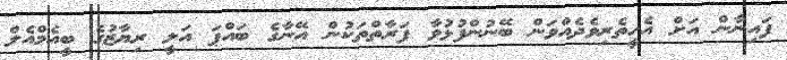
ފައިނާން އަށް އެހީތެރިވެދެއްވަން ބޭނުންފުޅުވާ ފަރާތްތަކުން އޭނާގެ ބައްޕަ އަލީ ރިޔާޒުގެ ބީއެމްއެލް